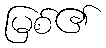
မြစ်၏